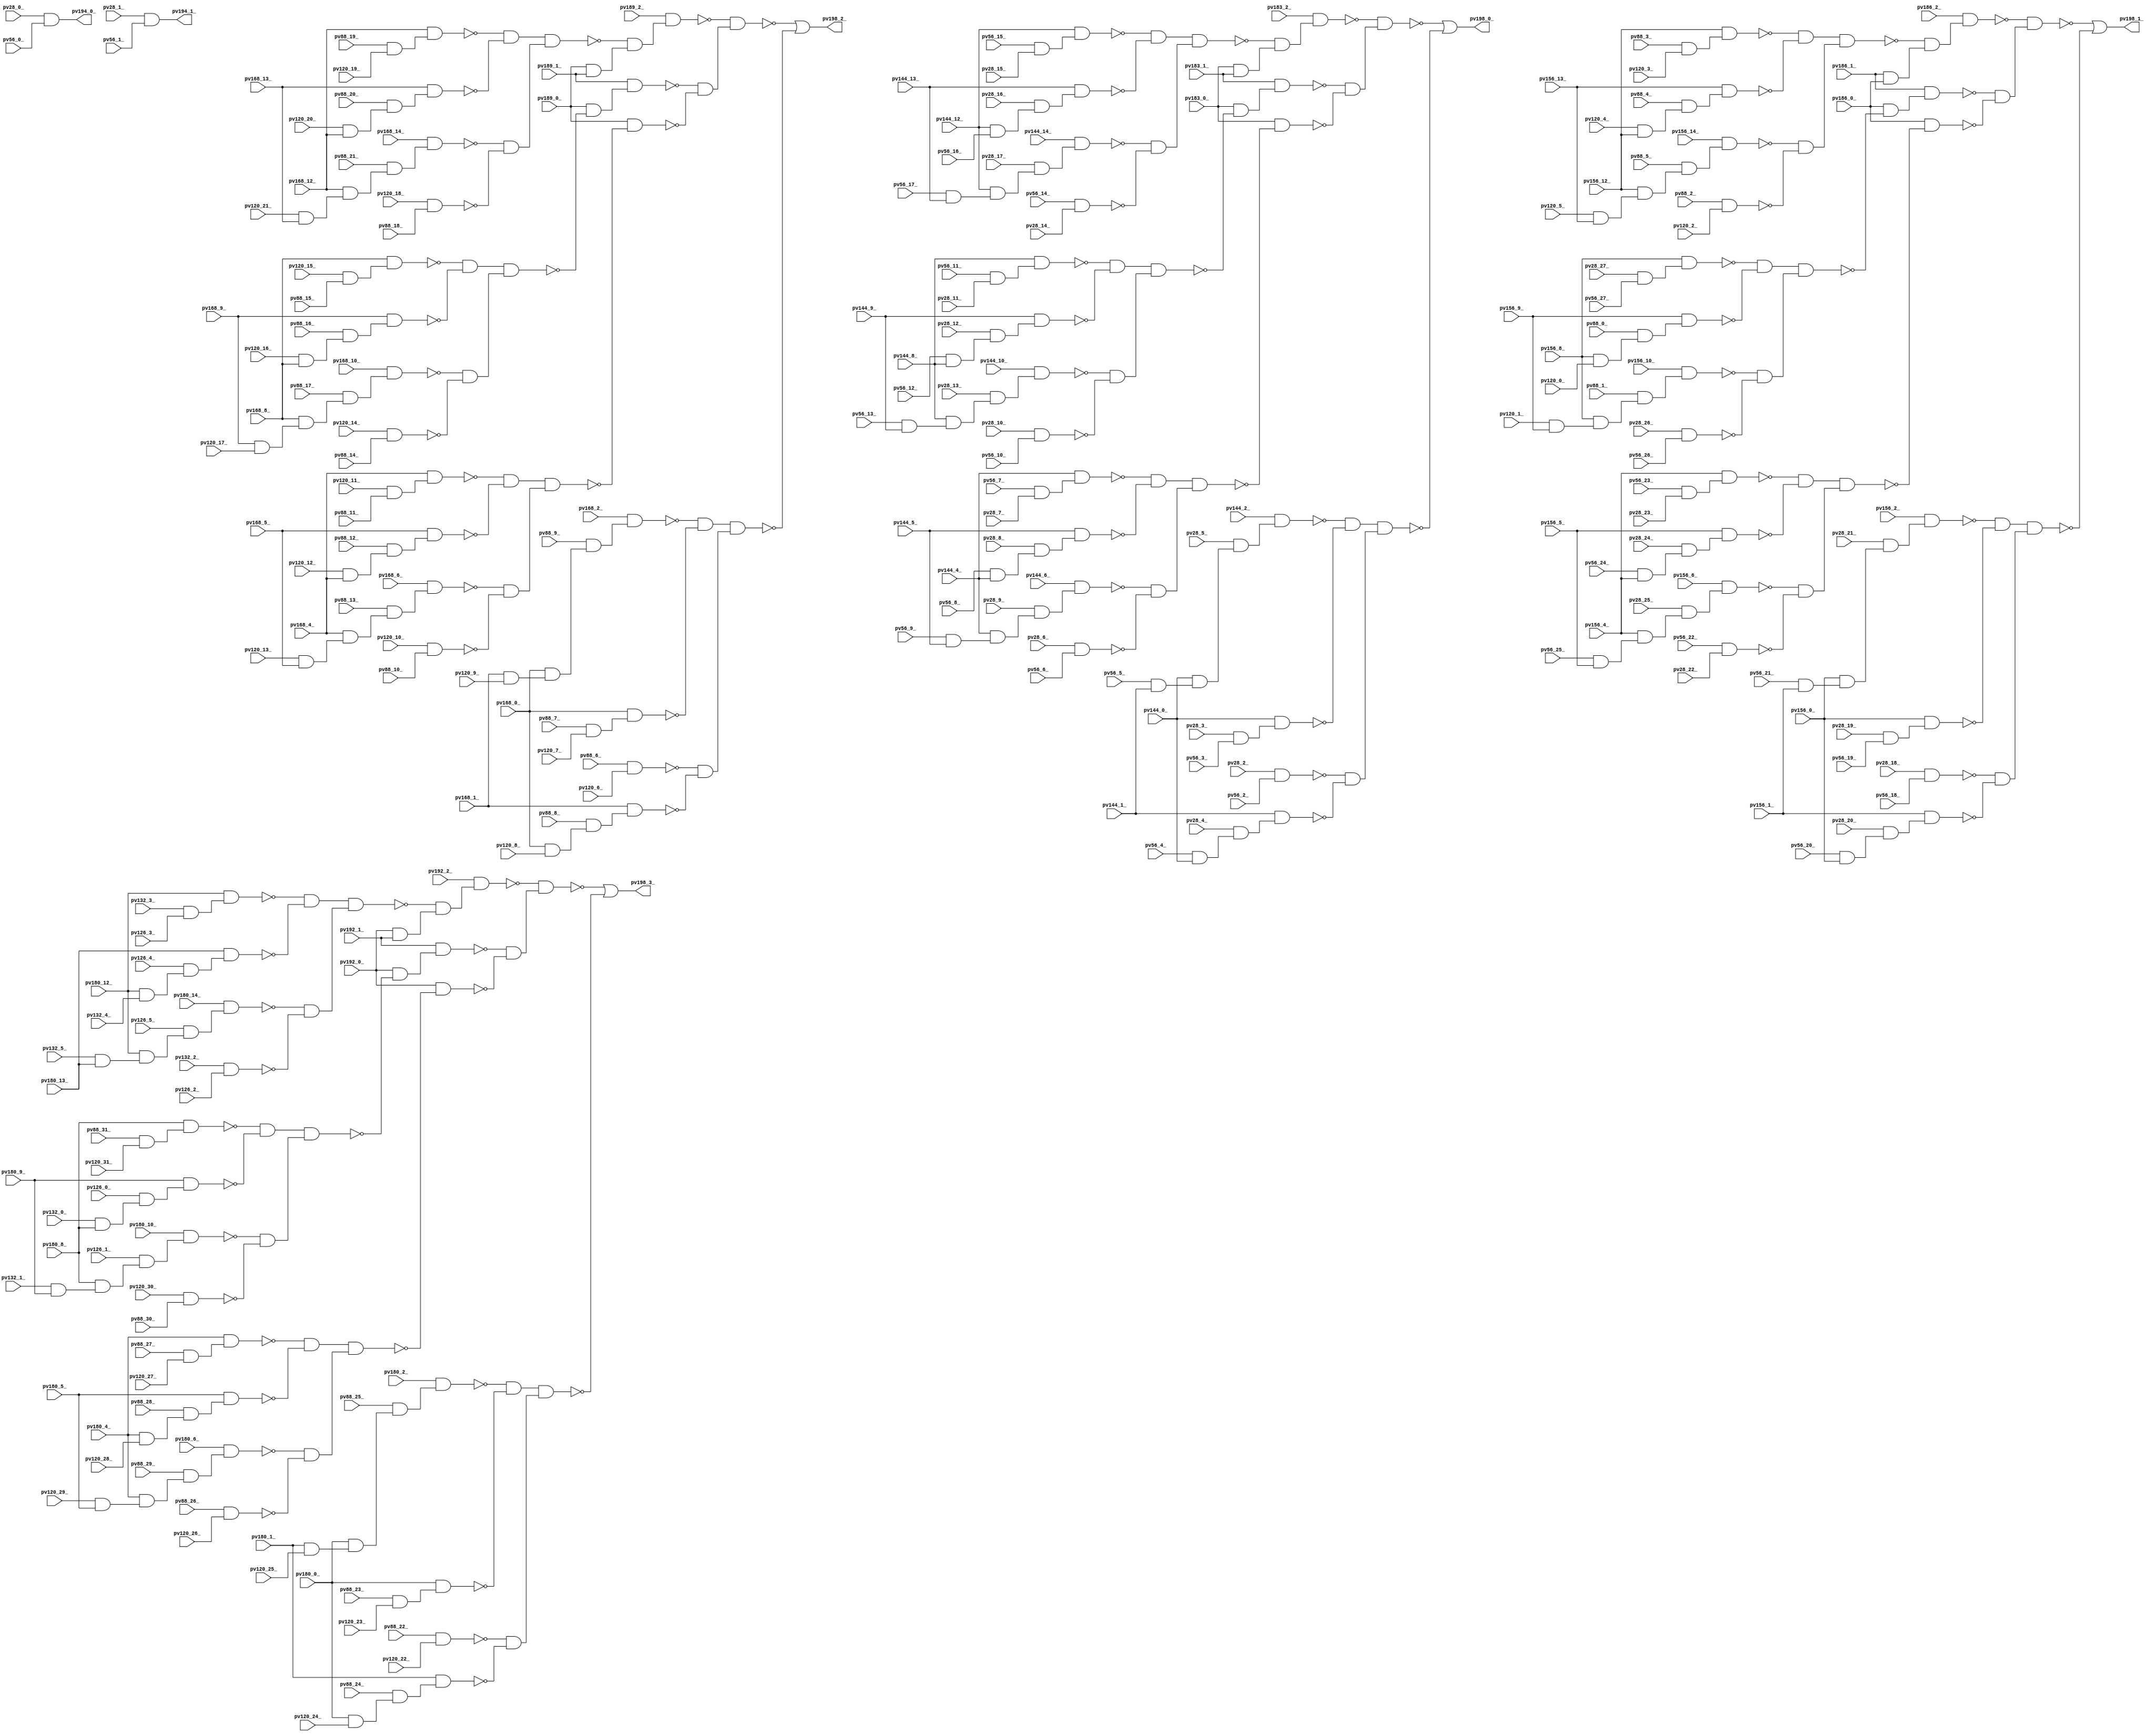
module top ( 
    pv28_20_, pv56_12_, pv56_23_, pv88_6_, pv88_19_, pv120_16_, pv120_29_,
    pv168_9_, pv180_10_, pv28_10_, pv56_13_, pv56_22_, pv88_7_, pv88_29_,
    pv120_15_, pv180_4_, pv56_14_, pv56_25_, pv88_8_, pv88_17_, pv88_28_,
    pv120_18_, pv180_5_, pv180_12_, pv192_0_, pv56_15_, pv56_24_, pv88_9_,
    pv88_18_, pv88_27_, pv120_17_, pv168_8_, pv180_6_, pv88_2_, pv88_15_,
    pv88_26_, pv120_12_, pv88_3_, pv88_16_, pv88_25_, pv120_11_, pv180_0_,
    pv56_10_, pv56_21_, pv88_4_, pv88_13_, pv88_24_, pv120_14_, pv126_5_,
    pv180_1_, pv56_11_, pv56_20_, pv88_5_, pv88_14_, pv88_23_, pv120_13_,
    pv180_2_, pv28_8_, pv56_5_, pv88_11_, pv88_22_, pv120_5_, pv132_0_,
    pv156_6_, pv168_1_, pv189_0_, pv28_9_, pv56_4_, pv88_12_, pv88_21_,
    pv120_6_, pv156_5_, pv156_10_, pv168_2_, pv189_1_, pv28_6_, pv56_7_,
    pv88_20_, pv120_3_, pv120_10_, pv156_8_, pv189_2_, pv28_7_, pv56_6_,
    pv88_10_, pv120_4_, pv168_0_, pv28_4_, pv56_9_, pv120_1_, pv168_5_,
    pv28_5_, pv56_8_, pv120_2_, pv156_9_, pv156_14_, pv168_6_, pv28_2_,
    pv156_13_, pv28_3_, pv120_0_, pv156_12_, pv168_4_, pv28_0_, pv186_1_,
    pv28_1_, pv144_4_, pv186_2_, pv144_5_, pv156_0_, pv132_5_, pv144_6_,
    pv56_1_, pv120_9_, pv120_30_, pv132_4_, pv156_2_, pv56_0_, pv88_30_,
    pv132_3_, pv144_8_, pv156_1_, pv28_19_, pv56_3_, pv88_31_, pv120_7_,
    pv132_2_, pv144_9_, pv156_4_, pv56_2_, pv120_8_, pv120_20_, pv132_1_,
    pv186_0_, pv28_17_, pv120_21_, pv126_3_, pv144_10_, pv168_12_,
    pv183_2_, pv28_18_, pv28_27_, pv120_22_, pv126_4_, pv28_15_, pv28_26_,
    pv88_0_, pv120_23_, pv126_1_, pv144_12_, pv168_14_, pv28_16_, pv28_25_,
    pv88_1_, pv120_24_, pv120_31_, pv126_2_, pv168_13_, pv28_13_, pv28_24_,
    pv56_16_, pv56_27_, pv120_25_, pv144_14_, pv180_14_, pv192_2_,
    pv28_14_, pv28_23_, pv56_17_, pv56_26_, pv120_19_, pv120_26_, pv126_0_,
    pv144_0_, pv144_13_, pv180_8_, pv180_13_, pv192_1_, pv28_11_, pv28_22_,
    pv56_18_, pv120_27_, pv144_1_, pv168_10_, pv180_9_, pv183_0_, pv28_12_,
    pv28_21_, pv56_19_, pv120_28_, pv144_2_, pv183_1_,
    pv198_3_, pv198_0_, pv198_2_, pv198_1_, pv194_0_, pv194_1_  );
  input  pv28_20_, pv56_12_, pv56_23_, pv88_6_, pv88_19_, pv120_16_,
    pv120_29_, pv168_9_, pv180_10_, pv28_10_, pv56_13_, pv56_22_, pv88_7_,
    pv88_29_, pv120_15_, pv180_4_, pv56_14_, pv56_25_, pv88_8_, pv88_17_,
    pv88_28_, pv120_18_, pv180_5_, pv180_12_, pv192_0_, pv56_15_, pv56_24_,
    pv88_9_, pv88_18_, pv88_27_, pv120_17_, pv168_8_, pv180_6_, pv88_2_,
    pv88_15_, pv88_26_, pv120_12_, pv88_3_, pv88_16_, pv88_25_, pv120_11_,
    pv180_0_, pv56_10_, pv56_21_, pv88_4_, pv88_13_, pv88_24_, pv120_14_,
    pv126_5_, pv180_1_, pv56_11_, pv56_20_, pv88_5_, pv88_14_, pv88_23_,
    pv120_13_, pv180_2_, pv28_8_, pv56_5_, pv88_11_, pv88_22_, pv120_5_,
    pv132_0_, pv156_6_, pv168_1_, pv189_0_, pv28_9_, pv56_4_, pv88_12_,
    pv88_21_, pv120_6_, pv156_5_, pv156_10_, pv168_2_, pv189_1_, pv28_6_,
    pv56_7_, pv88_20_, pv120_3_, pv120_10_, pv156_8_, pv189_2_, pv28_7_,
    pv56_6_, pv88_10_, pv120_4_, pv168_0_, pv28_4_, pv56_9_, pv120_1_,
    pv168_5_, pv28_5_, pv56_8_, pv120_2_, pv156_9_, pv156_14_, pv168_6_,
    pv28_2_, pv156_13_, pv28_3_, pv120_0_, pv156_12_, pv168_4_, pv28_0_,
    pv186_1_, pv28_1_, pv144_4_, pv186_2_, pv144_5_, pv156_0_, pv132_5_,
    pv144_6_, pv56_1_, pv120_9_, pv120_30_, pv132_4_, pv156_2_, pv56_0_,
    pv88_30_, pv132_3_, pv144_8_, pv156_1_, pv28_19_, pv56_3_, pv88_31_,
    pv120_7_, pv132_2_, pv144_9_, pv156_4_, pv56_2_, pv120_8_, pv120_20_,
    pv132_1_, pv186_0_, pv28_17_, pv120_21_, pv126_3_, pv144_10_,
    pv168_12_, pv183_2_, pv28_18_, pv28_27_, pv120_22_, pv126_4_, pv28_15_,
    pv28_26_, pv88_0_, pv120_23_, pv126_1_, pv144_12_, pv168_14_, pv28_16_,
    pv28_25_, pv88_1_, pv120_24_, pv120_31_, pv126_2_, pv168_13_, pv28_13_,
    pv28_24_, pv56_16_, pv56_27_, pv120_25_, pv144_14_, pv180_14_,
    pv192_2_, pv28_14_, pv28_23_, pv56_17_, pv56_26_, pv120_19_, pv120_26_,
    pv126_0_, pv144_0_, pv144_13_, pv180_8_, pv180_13_, pv192_1_, pv28_11_,
    pv28_22_, pv56_18_, pv120_27_, pv144_1_, pv168_10_, pv180_9_, pv183_0_,
    pv28_12_, pv28_21_, pv56_19_, pv120_28_, pv144_2_, pv183_1_;
  output pv198_3_, pv198_0_, pv198_2_, pv198_1_, pv194_0_, pv194_1_;
  wire new_n199_, new_n200_, new_n201_, new_n202_, new_n203_, new_n204_,
    new_n205_, new_n206_, new_n207_, new_n208_, new_n209_, new_n210_,
    new_n211_, new_n212_, new_n213_, new_n214_, new_n215_, new_n216_,
    new_n217_, new_n218_, new_n219_, new_n220_, new_n221_, new_n222_,
    new_n223_, new_n224_, new_n225_, new_n226_, new_n227_, new_n228_,
    new_n229_, new_n230_, new_n231_, new_n232_, new_n233_, new_n234_,
    new_n235_, new_n236_, new_n237_, new_n238_, new_n239_, new_n240_,
    new_n241_, new_n242_, new_n243_, new_n244_, new_n245_, new_n246_,
    new_n247_, new_n248_, new_n249_, new_n250_, new_n251_, new_n252_,
    new_n253_, new_n254_, new_n255_, new_n256_, new_n257_, new_n258_,
    new_n260_, new_n261_, new_n262_, new_n263_, new_n264_, new_n265_,
    new_n266_, new_n267_, new_n268_, new_n269_, new_n270_, new_n271_,
    new_n272_, new_n273_, new_n274_, new_n275_, new_n276_, new_n277_,
    new_n278_, new_n279_, new_n280_, new_n281_, new_n282_, new_n283_,
    new_n284_, new_n285_, new_n286_, new_n287_, new_n288_, new_n289_,
    new_n290_, new_n291_, new_n292_, new_n293_, new_n294_, new_n295_,
    new_n296_, new_n297_, new_n298_, new_n299_, new_n300_, new_n301_,
    new_n302_, new_n303_, new_n304_, new_n305_, new_n306_, new_n307_,
    new_n308_, new_n309_, new_n310_, new_n311_, new_n312_, new_n313_,
    new_n314_, new_n315_, new_n316_, new_n317_, new_n318_, new_n319_,
    new_n321_, new_n322_, new_n323_, new_n324_, new_n325_, new_n326_,
    new_n327_, new_n328_, new_n329_, new_n330_, new_n331_, new_n332_,
    new_n333_, new_n334_, new_n335_, new_n336_, new_n337_, new_n338_,
    new_n339_, new_n340_, new_n341_, new_n342_, new_n343_, new_n344_,
    new_n345_, new_n346_, new_n347_, new_n348_, new_n349_, new_n350_,
    new_n351_, new_n352_, new_n353_, new_n354_, new_n355_, new_n356_,
    new_n357_, new_n358_, new_n359_, new_n360_, new_n361_, new_n362_,
    new_n363_, new_n364_, new_n365_, new_n366_, new_n367_, new_n368_,
    new_n369_, new_n370_, new_n371_, new_n372_, new_n373_, new_n374_,
    new_n375_, new_n376_, new_n377_, new_n378_, new_n379_, new_n380_,
    new_n382_, new_n383_, new_n384_, new_n385_, new_n386_, new_n387_,
    new_n388_, new_n389_, new_n390_, new_n391_, new_n392_, new_n393_,
    new_n394_, new_n395_, new_n396_, new_n397_, new_n398_, new_n399_,
    new_n400_, new_n401_, new_n402_, new_n403_, new_n404_, new_n405_,
    new_n406_, new_n407_, new_n408_, new_n409_, new_n410_, new_n411_,
    new_n412_, new_n413_, new_n414_, new_n415_, new_n416_, new_n417_,
    new_n418_, new_n419_, new_n420_, new_n421_, new_n422_, new_n423_,
    new_n424_, new_n425_, new_n426_, new_n427_, new_n428_, new_n429_,
    new_n430_, new_n431_, new_n432_, new_n433_, new_n434_, new_n435_,
    new_n436_, new_n437_, new_n438_, new_n439_, new_n440_, new_n441_;
  assign new_n199_ = pv88_22_ & pv120_22_;
  assign new_n200_ = pv180_0_ & pv120_24_;
  assign new_n201_ = pv88_24_ & new_n200_;
  assign new_n202_ = pv180_1_ & new_n201_;
  assign new_n203_ = pv180_1_ & pv120_25_;
  assign new_n204_ = pv180_0_ & new_n203_;
  assign new_n205_ = pv88_25_ & new_n204_;
  assign new_n206_ = pv180_2_ & new_n205_;
  assign new_n207_ = pv88_23_ & pv120_23_;
  assign new_n208_ = pv180_0_ & new_n207_;
  assign new_n209_ = pv132_1_ & pv180_9_;
  assign new_n210_ = pv180_8_ & new_n209_;
  assign new_n211_ = pv126_1_ & new_n210_;
  assign new_n212_ = pv180_10_ & new_n211_;
  assign new_n213_ = pv120_30_ & pv88_30_;
  assign new_n214_ = pv88_31_ & pv120_31_;
  assign new_n215_ = pv180_8_ & new_n214_;
  assign new_n216_ = pv132_0_ & pv180_8_;
  assign new_n217_ = pv126_0_ & new_n216_;
  assign new_n218_ = pv180_9_ & new_n217_;
  assign new_n219_ = ~new_n215_ & ~new_n218_;
  assign new_n220_ = ~new_n212_ & ~new_n213_;
  assign new_n221_ = new_n219_ & new_n220_;
  assign new_n222_ = pv192_0_ & ~new_n221_;
  assign new_n223_ = pv192_1_ & new_n222_;
  assign new_n224_ = pv120_29_ & pv180_5_;
  assign new_n225_ = pv180_4_ & new_n224_;
  assign new_n226_ = pv88_29_ & new_n225_;
  assign new_n227_ = pv180_6_ & new_n226_;
  assign new_n228_ = pv88_26_ & pv120_26_;
  assign new_n229_ = pv88_27_ & pv120_27_;
  assign new_n230_ = pv180_4_ & new_n229_;
  assign new_n231_ = pv180_4_ & pv120_28_;
  assign new_n232_ = pv88_28_ & new_n231_;
  assign new_n233_ = pv180_5_ & new_n232_;
  assign new_n234_ = ~new_n230_ & ~new_n233_;
  assign new_n235_ = ~new_n227_ & ~new_n228_;
  assign new_n236_ = new_n234_ & new_n235_;
  assign new_n237_ = pv192_0_ & ~new_n236_;
  assign new_n238_ = pv132_5_ & pv180_13_;
  assign new_n239_ = pv180_12_ & new_n238_;
  assign new_n240_ = pv126_5_ & new_n239_;
  assign new_n241_ = pv180_14_ & new_n240_;
  assign new_n242_ = pv132_2_ & pv126_2_;
  assign new_n243_ = pv132_3_ & pv126_3_;
  assign new_n244_ = pv180_12_ & new_n243_;
  assign new_n245_ = pv180_12_ & pv132_4_;
  assign new_n246_ = pv126_4_ & new_n245_;
  assign new_n247_ = pv180_13_ & new_n246_;
  assign new_n248_ = ~new_n244_ & ~new_n247_;
  assign new_n249_ = ~new_n241_ & ~new_n242_;
  assign new_n250_ = new_n248_ & new_n249_;
  assign new_n251_ = pv192_0_ & pv192_1_;
  assign new_n252_ = ~new_n250_ & new_n251_;
  assign new_n253_ = pv192_2_ & new_n252_;
  assign new_n254_ = ~new_n223_ & ~new_n237_;
  assign new_n255_ = ~new_n253_ & new_n254_;
  assign new_n256_ = ~new_n206_ & ~new_n208_;
  assign new_n257_ = ~new_n199_ & ~new_n202_;
  assign new_n258_ = new_n256_ & new_n257_;
  assign pv198_3_ = ~new_n255_ | ~new_n258_;
  assign new_n260_ = pv28_2_ & pv56_2_;
  assign new_n261_ = pv56_4_ & pv144_0_;
  assign new_n262_ = pv28_4_ & new_n261_;
  assign new_n263_ = pv144_1_ & new_n262_;
  assign new_n264_ = pv56_5_ & pv144_1_;
  assign new_n265_ = pv144_0_ & new_n264_;
  assign new_n266_ = pv28_5_ & new_n265_;
  assign new_n267_ = pv144_2_ & new_n266_;
  assign new_n268_ = pv28_3_ & pv56_3_;
  assign new_n269_ = pv144_0_ & new_n268_;
  assign new_n270_ = pv56_13_ & pv144_9_;
  assign new_n271_ = pv144_8_ & new_n270_;
  assign new_n272_ = pv28_13_ & new_n271_;
  assign new_n273_ = pv144_10_ & new_n272_;
  assign new_n274_ = pv28_10_ & pv56_10_;
  assign new_n275_ = pv56_11_ & pv28_11_;
  assign new_n276_ = pv144_8_ & new_n275_;
  assign new_n277_ = pv56_12_ & pv144_8_;
  assign new_n278_ = pv28_12_ & new_n277_;
  assign new_n279_ = pv144_9_ & new_n278_;
  assign new_n280_ = ~new_n276_ & ~new_n279_;
  assign new_n281_ = ~new_n273_ & ~new_n274_;
  assign new_n282_ = new_n280_ & new_n281_;
  assign new_n283_ = pv183_0_ & ~new_n282_;
  assign new_n284_ = pv183_1_ & new_n283_;
  assign new_n285_ = pv56_9_ & pv144_5_;
  assign new_n286_ = pv144_4_ & new_n285_;
  assign new_n287_ = pv28_9_ & new_n286_;
  assign new_n288_ = pv144_6_ & new_n287_;
  assign new_n289_ = pv28_6_ & pv56_6_;
  assign new_n290_ = pv56_7_ & pv28_7_;
  assign new_n291_ = pv144_4_ & new_n290_;
  assign new_n292_ = pv56_8_ & pv144_4_;
  assign new_n293_ = pv28_8_ & new_n292_;
  assign new_n294_ = pv144_5_ & new_n293_;
  assign new_n295_ = ~new_n291_ & ~new_n294_;
  assign new_n296_ = ~new_n288_ & ~new_n289_;
  assign new_n297_ = new_n295_ & new_n296_;
  assign new_n298_ = pv183_0_ & ~new_n297_;
  assign new_n299_ = pv56_17_ & pv144_13_;
  assign new_n300_ = pv144_12_ & new_n299_;
  assign new_n301_ = pv28_17_ & new_n300_;
  assign new_n302_ = pv144_14_ & new_n301_;
  assign new_n303_ = pv56_14_ & pv28_14_;
  assign new_n304_ = pv56_15_ & pv28_15_;
  assign new_n305_ = pv144_12_ & new_n304_;
  assign new_n306_ = pv144_12_ & pv56_16_;
  assign new_n307_ = pv28_16_ & new_n306_;
  assign new_n308_ = pv144_13_ & new_n307_;
  assign new_n309_ = ~new_n305_ & ~new_n308_;
  assign new_n310_ = ~new_n302_ & ~new_n303_;
  assign new_n311_ = new_n309_ & new_n310_;
  assign new_n312_ = pv183_0_ & pv183_1_;
  assign new_n313_ = ~new_n311_ & new_n312_;
  assign new_n314_ = pv183_2_ & new_n313_;
  assign new_n315_ = ~new_n284_ & ~new_n298_;
  assign new_n316_ = ~new_n314_ & new_n315_;
  assign new_n317_ = ~new_n267_ & ~new_n269_;
  assign new_n318_ = ~new_n260_ & ~new_n263_;
  assign new_n319_ = new_n317_ & new_n318_;
  assign pv198_0_ = ~new_n316_ | ~new_n319_;
  assign new_n321_ = pv88_6_ & pv120_6_;
  assign new_n322_ = pv168_0_ & pv120_8_;
  assign new_n323_ = pv88_8_ & new_n322_;
  assign new_n324_ = pv168_1_ & new_n323_;
  assign new_n325_ = pv168_1_ & pv120_9_;
  assign new_n326_ = pv168_0_ & new_n325_;
  assign new_n327_ = pv88_9_ & new_n326_;
  assign new_n328_ = pv168_2_ & new_n327_;
  assign new_n329_ = pv88_7_ & pv120_7_;
  assign new_n330_ = pv168_0_ & new_n329_;
  assign new_n331_ = pv168_9_ & pv120_17_;
  assign new_n332_ = pv168_8_ & new_n331_;
  assign new_n333_ = pv88_17_ & new_n332_;
  assign new_n334_ = pv168_10_ & new_n333_;
  assign new_n335_ = pv120_14_ & pv88_14_;
  assign new_n336_ = pv120_15_ & pv88_15_;
  assign new_n337_ = pv168_8_ & new_n336_;
  assign new_n338_ = pv120_16_ & pv168_8_;
  assign new_n339_ = pv88_16_ & new_n338_;
  assign new_n340_ = pv168_9_ & new_n339_;
  assign new_n341_ = ~new_n337_ & ~new_n340_;
  assign new_n342_ = ~new_n334_ & ~new_n335_;
  assign new_n343_ = new_n341_ & new_n342_;
  assign new_n344_ = pv189_0_ & ~new_n343_;
  assign new_n345_ = pv189_1_ & new_n344_;
  assign new_n346_ = pv120_13_ & pv168_5_;
  assign new_n347_ = pv168_4_ & new_n346_;
  assign new_n348_ = pv88_13_ & new_n347_;
  assign new_n349_ = pv168_6_ & new_n348_;
  assign new_n350_ = pv120_10_ & pv88_10_;
  assign new_n351_ = pv120_11_ & pv88_11_;
  assign new_n352_ = pv168_4_ & new_n351_;
  assign new_n353_ = pv120_12_ & pv168_4_;
  assign new_n354_ = pv88_12_ & new_n353_;
  assign new_n355_ = pv168_5_ & new_n354_;
  assign new_n356_ = ~new_n352_ & ~new_n355_;
  assign new_n357_ = ~new_n349_ & ~new_n350_;
  assign new_n358_ = new_n356_ & new_n357_;
  assign new_n359_ = pv189_0_ & ~new_n358_;
  assign new_n360_ = pv120_21_ & pv168_13_;
  assign new_n361_ = pv168_12_ & new_n360_;
  assign new_n362_ = pv88_21_ & new_n361_;
  assign new_n363_ = pv168_14_ & new_n362_;
  assign new_n364_ = pv120_18_ & pv88_18_;
  assign new_n365_ = pv88_19_ & pv120_19_;
  assign new_n366_ = pv168_12_ & new_n365_;
  assign new_n367_ = pv120_20_ & pv168_12_;
  assign new_n368_ = pv88_20_ & new_n367_;
  assign new_n369_ = pv168_13_ & new_n368_;
  assign new_n370_ = ~new_n366_ & ~new_n369_;
  assign new_n371_ = ~new_n363_ & ~new_n364_;
  assign new_n372_ = new_n370_ & new_n371_;
  assign new_n373_ = pv189_0_ & pv189_1_;
  assign new_n374_ = ~new_n372_ & new_n373_;
  assign new_n375_ = pv189_2_ & new_n374_;
  assign new_n376_ = ~new_n345_ & ~new_n359_;
  assign new_n377_ = ~new_n375_ & new_n376_;
  assign new_n378_ = ~new_n328_ & ~new_n330_;
  assign new_n379_ = ~new_n321_ & ~new_n324_;
  assign new_n380_ = new_n378_ & new_n379_;
  assign pv198_2_ = ~new_n377_ | ~new_n380_;
  assign new_n382_ = pv28_18_ & pv56_18_;
  assign new_n383_ = pv56_20_ & pv156_0_;
  assign new_n384_ = pv28_20_ & new_n383_;
  assign new_n385_ = pv156_1_ & new_n384_;
  assign new_n386_ = pv56_21_ & pv156_1_;
  assign new_n387_ = pv156_0_ & new_n386_;
  assign new_n388_ = pv28_21_ & new_n387_;
  assign new_n389_ = pv156_2_ & new_n388_;
  assign new_n390_ = pv28_19_ & pv56_19_;
  assign new_n391_ = pv156_0_ & new_n390_;
  assign new_n392_ = pv120_1_ & pv156_9_;
  assign new_n393_ = pv156_8_ & new_n392_;
  assign new_n394_ = pv88_1_ & new_n393_;
  assign new_n395_ = pv156_10_ & new_n394_;
  assign new_n396_ = pv28_26_ & pv56_26_;
  assign new_n397_ = pv28_27_ & pv56_27_;
  assign new_n398_ = pv156_8_ & new_n397_;
  assign new_n399_ = pv156_8_ & pv120_0_;
  assign new_n400_ = pv88_0_ & new_n399_;
  assign new_n401_ = pv156_9_ & new_n400_;
  assign new_n402_ = ~new_n398_ & ~new_n401_;
  assign new_n403_ = ~new_n395_ & ~new_n396_;
  assign new_n404_ = new_n402_ & new_n403_;
  assign new_n405_ = pv186_0_ & ~new_n404_;
  assign new_n406_ = pv186_1_ & new_n405_;
  assign new_n407_ = pv56_25_ & pv156_5_;
  assign new_n408_ = pv156_4_ & new_n407_;
  assign new_n409_ = pv28_25_ & new_n408_;
  assign new_n410_ = pv156_6_ & new_n409_;
  assign new_n411_ = pv56_22_ & pv28_22_;
  assign new_n412_ = pv56_23_ & pv28_23_;
  assign new_n413_ = pv156_4_ & new_n412_;
  assign new_n414_ = pv56_24_ & pv156_4_;
  assign new_n415_ = pv28_24_ & new_n414_;
  assign new_n416_ = pv156_5_ & new_n415_;
  assign new_n417_ = ~new_n413_ & ~new_n416_;
  assign new_n418_ = ~new_n410_ & ~new_n411_;
  assign new_n419_ = new_n417_ & new_n418_;
  assign new_n420_ = pv186_0_ & ~new_n419_;
  assign new_n421_ = pv120_5_ & pv156_13_;
  assign new_n422_ = pv156_12_ & new_n421_;
  assign new_n423_ = pv88_5_ & new_n422_;
  assign new_n424_ = pv156_14_ & new_n423_;
  assign new_n425_ = pv88_2_ & pv120_2_;
  assign new_n426_ = pv88_3_ & pv120_3_;
  assign new_n427_ = pv156_12_ & new_n426_;
  assign new_n428_ = pv120_4_ & pv156_12_;
  assign new_n429_ = pv88_4_ & new_n428_;
  assign new_n430_ = pv156_13_ & new_n429_;
  assign new_n431_ = ~new_n427_ & ~new_n430_;
  assign new_n432_ = ~new_n424_ & ~new_n425_;
  assign new_n433_ = new_n431_ & new_n432_;
  assign new_n434_ = pv186_1_ & pv186_0_;
  assign new_n435_ = ~new_n433_ & new_n434_;
  assign new_n436_ = pv186_2_ & new_n435_;
  assign new_n437_ = ~new_n406_ & ~new_n420_;
  assign new_n438_ = ~new_n436_ & new_n437_;
  assign new_n439_ = ~new_n389_ & ~new_n391_;
  assign new_n440_ = ~new_n382_ & ~new_n385_;
  assign new_n441_ = new_n439_ & new_n440_;
  assign pv198_1_ = ~new_n438_ | ~new_n441_;
  assign pv194_0_ = pv28_0_ & pv56_0_;
  assign pv194_1_ = pv28_1_ & pv56_1_;
endmodule